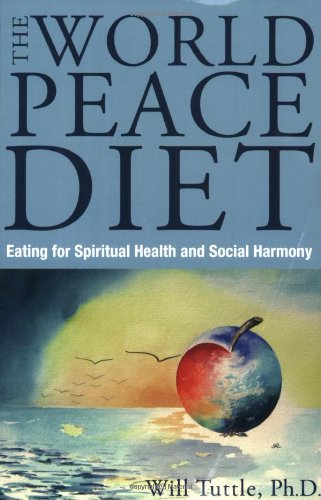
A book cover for World Peace Diet: Eating for Spiritual Health and Social Harmony; Will Tuttle; Politics & Social Sciences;